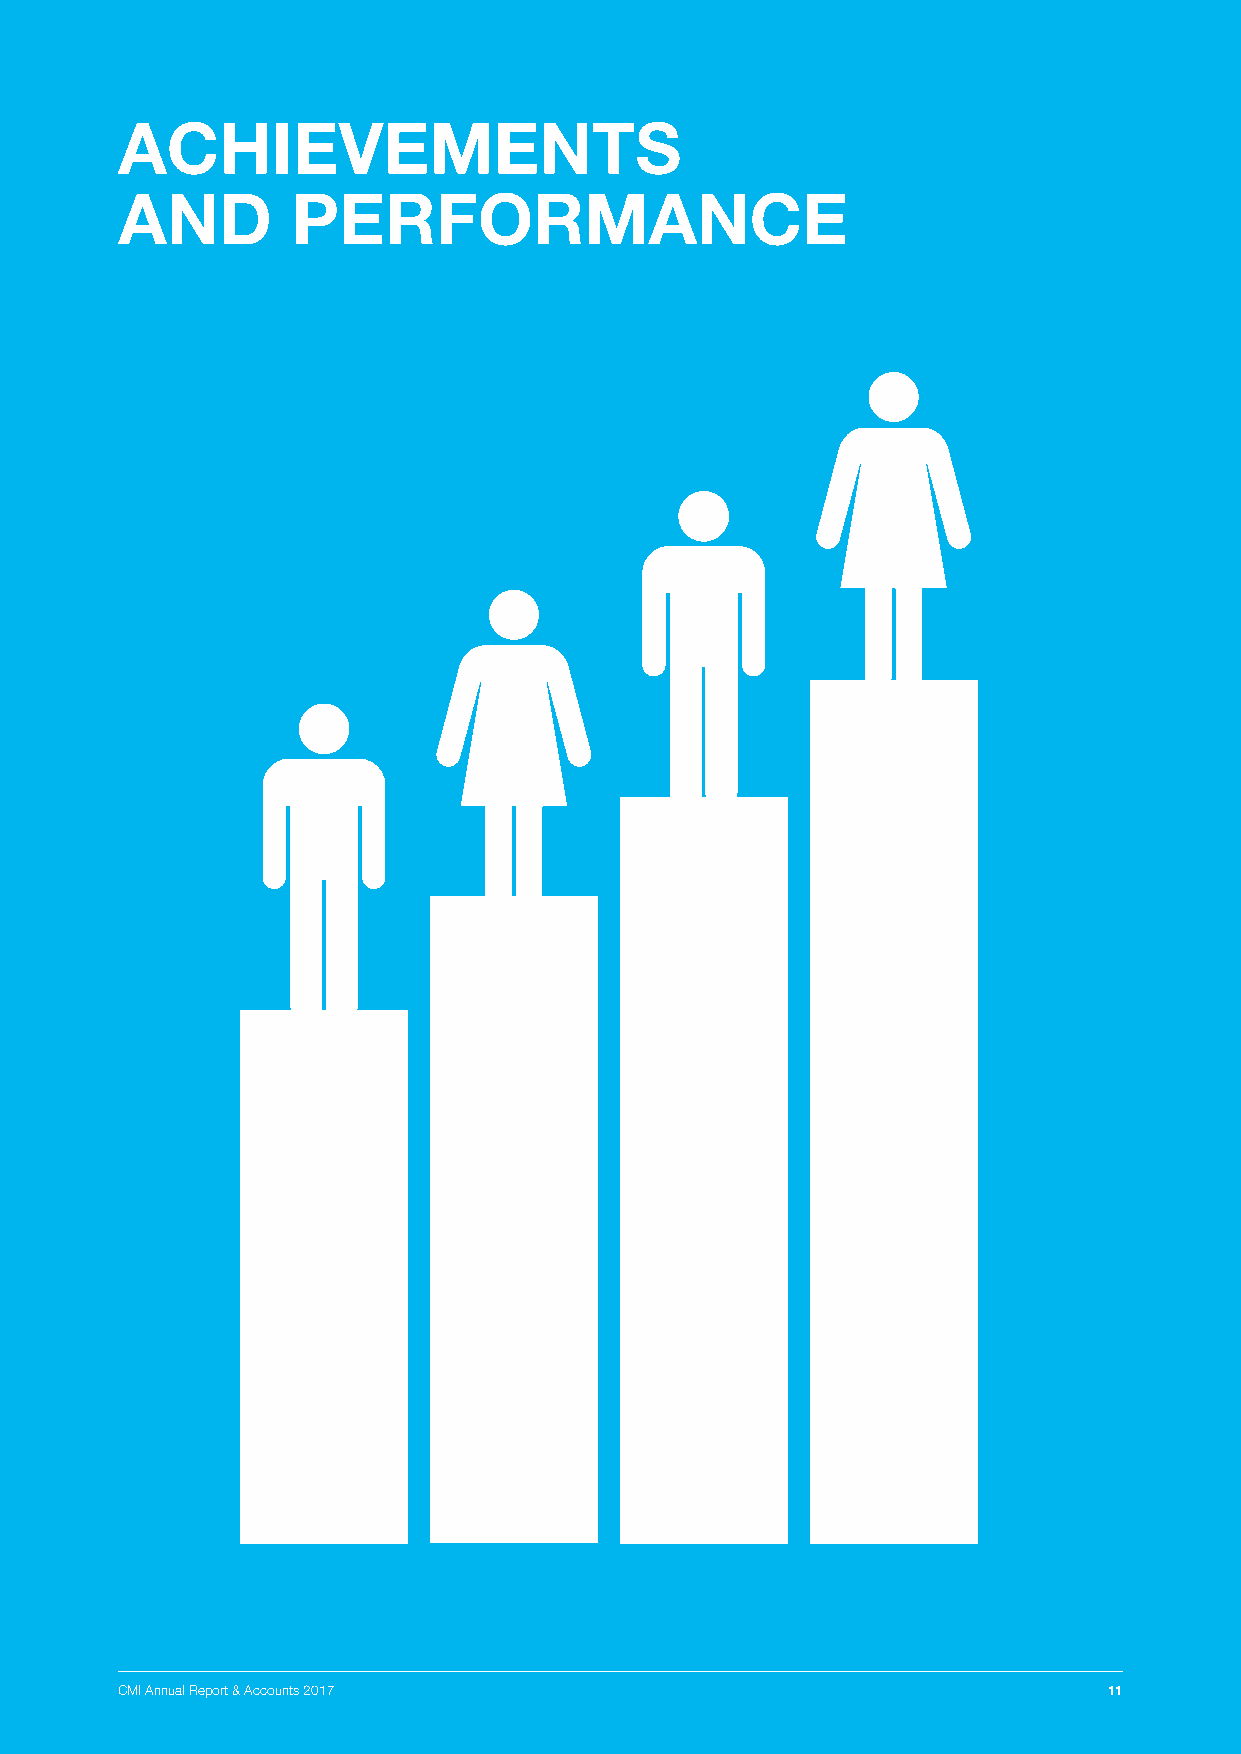
ACHIEVEMENTS
 AND        PERFORMANCE
 CMI Annual Report & Accounts 2017                                11